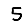
Digit: 5